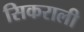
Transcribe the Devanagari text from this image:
सिकराली